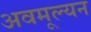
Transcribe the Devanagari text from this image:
अवमूल्‍यन